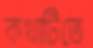
কথাটিতে